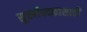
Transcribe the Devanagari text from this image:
सुवर्णपदकासाठी